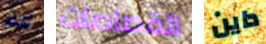
أكثر القصاصات داين